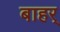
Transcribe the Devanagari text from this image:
बाहर्